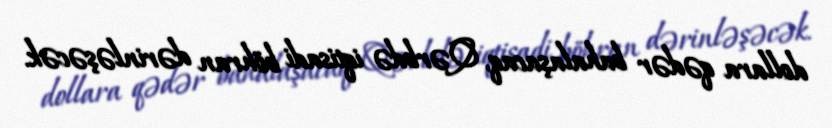
dollara qədər bahalaşacaq, Qərbdə iqtisadi böhran dərinləşəcək.